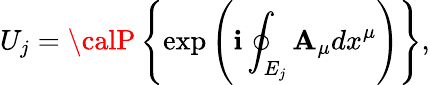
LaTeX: U_{j}={\calP}\left\{ \exp\left(\mathbf{i}\oint_{E_{j}}{{\mathbf{A}_{\mu}}dx^{\mu}}\right)\right\} ,